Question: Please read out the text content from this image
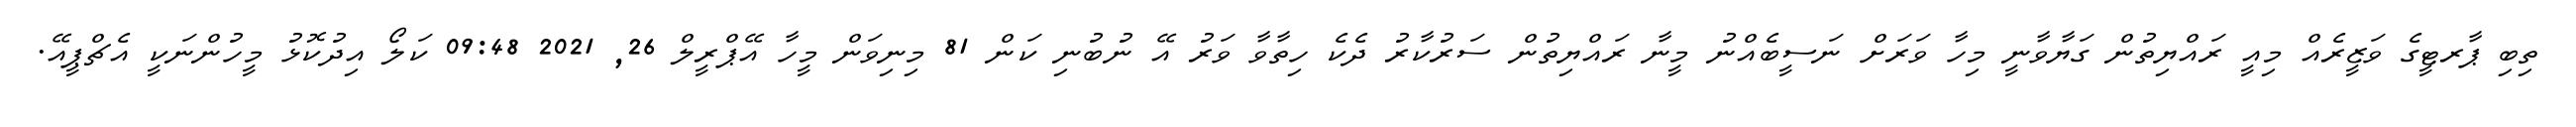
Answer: ތިބި ޕާރޓީގެ ވަޒީރެއް މިއީ ރައްޔިތުން ގަޔާވާނީ މިހާ ވަރަށް ނަސީބެއްނު މީނާ ރައްޔިތުން ސަރުކާރު ދެކެ ހިތާވާ ވަރު އޭ ނުބުނި ކަން 81 މިނިވަން މީހާ އޭޕްރީލް 26, 2021 09:48 ކަލޯ އިދުކޮޅު މީހުންނަކީ އެޗްޕީއޭ.